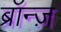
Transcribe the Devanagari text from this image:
ब्रॉन्ज़